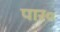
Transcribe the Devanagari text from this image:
पार०